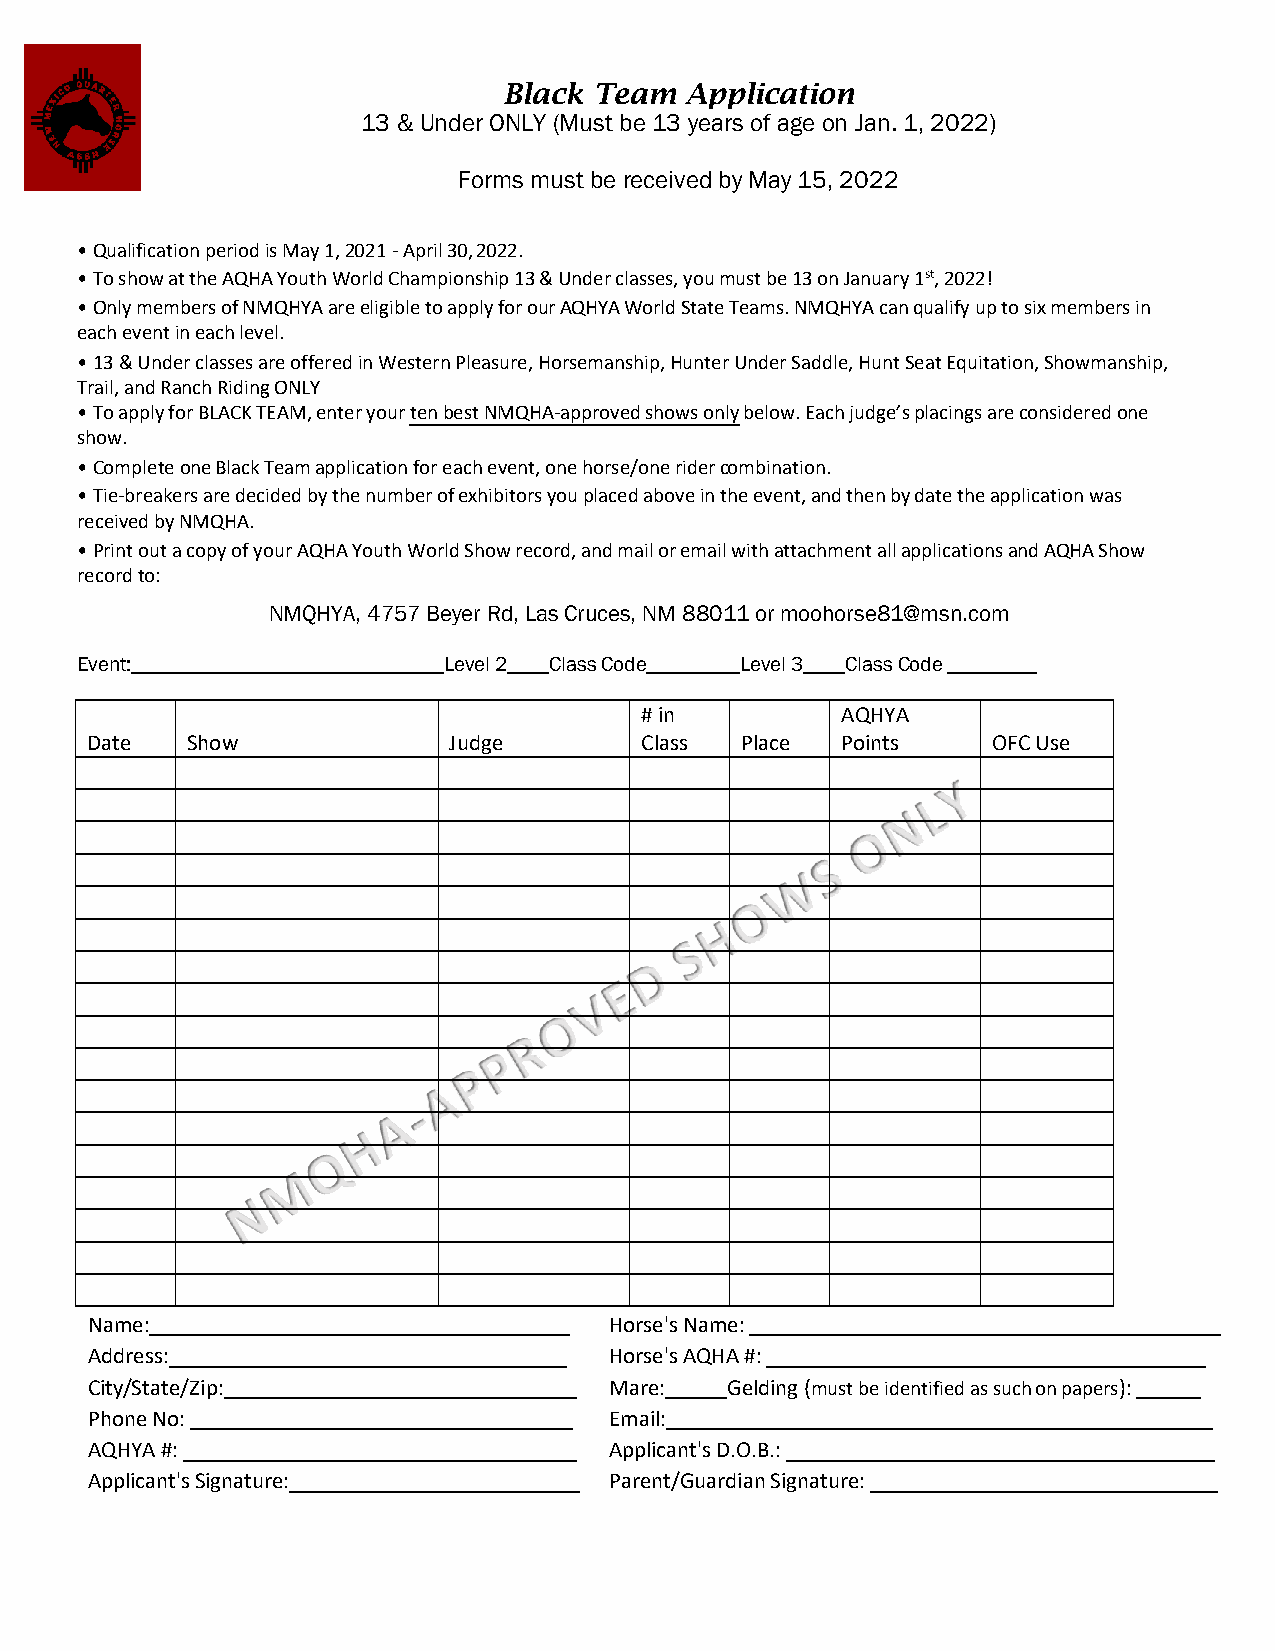
Black Team  Application
 13 & Under ONLY (Must be 13 years of age on Jan. 1, 2022)
 Forms must be received by May 15, 2022
 •Qualification period is May 1, 2021 - April 30, 2022.
 •To show at the AQHA Youth World Championship 13 & Under classes, you must be 13 on January 1st, 2022!
 •Only members of NMQHYA are eligible to apply for our AQHYA World State Teams. NMQHYA can qualify up to six members in
 each event in each level.
 •13 & Under classes are offered in Western Pleasure, Horsemanship, Hunter Under Saddle, Hunt Seat Equitation, Showmanship,
 Trail, and Ranch Riding ONLY
 •To apply for BLACK TEAM, enter your ten best NMQHA-approved shows only below. Each judge’s placings are considered one
 show.
 •Complete one Black Team application for each event, one horse/one rider combination.
 •Tie-breakers are decided by the number of exhibitors you placed above in the event, and then by date the application was
 received by NMQHA.
 •Print out a copy of your AQHA Youth World Show record, and mail or email with attachment all applications and AQHA Show
 record to:
 NMQHYA, 4757 Beyer Rd, Las Cruces, NM 88011 or moohorse81@msn.com
 Event:                  Level 2 Class Code  Level 3 Class Code
 # in          AQHYA
 Date  Show              Judge       Class  Place  Points    OFC Use
 Name:                             Horse's Name:
 Address:                          Horse's AQHA #:
 City/State/Zip:                   Mare:   Gelding (must be identified as such on papers):
 Phone No:                         E m a i l :
 AQHYA #:                          Applicant's D.O.B.:
 Applicant's Signature:            Parent/Guardian Signature: